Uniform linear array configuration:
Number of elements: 48
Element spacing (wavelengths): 0.5
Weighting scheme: cosine
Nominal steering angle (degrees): -15
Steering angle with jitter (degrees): -16.14
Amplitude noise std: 0.05
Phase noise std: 0.05

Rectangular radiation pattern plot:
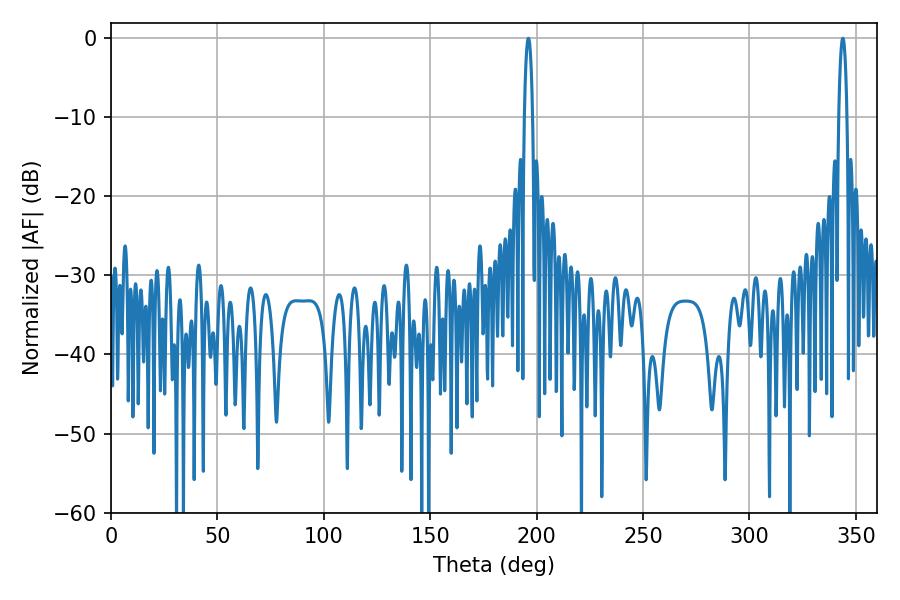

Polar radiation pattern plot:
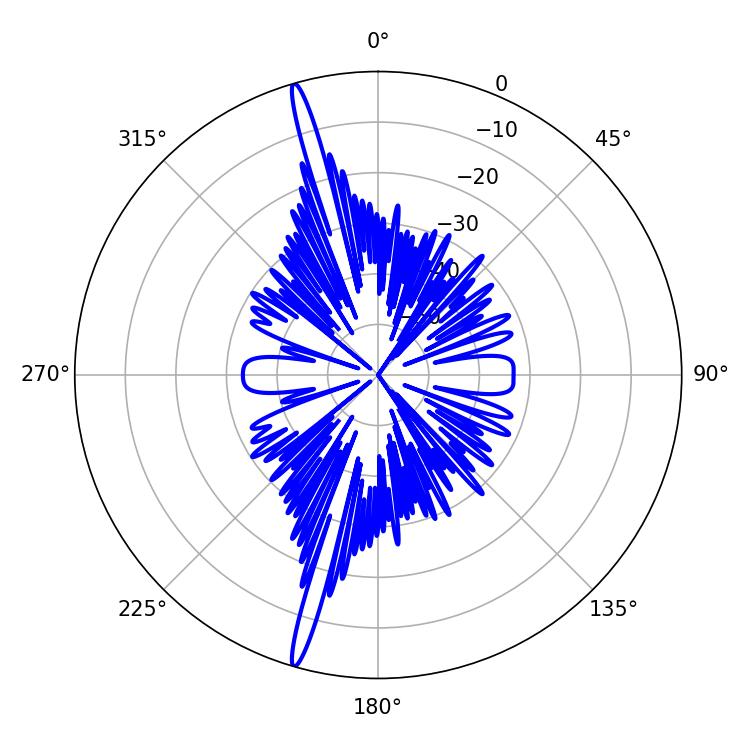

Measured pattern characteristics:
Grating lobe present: FALSE
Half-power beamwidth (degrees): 2.16
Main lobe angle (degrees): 343.8